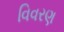
વિવરણ